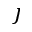
\jmath